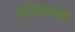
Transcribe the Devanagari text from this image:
शोथजनक